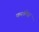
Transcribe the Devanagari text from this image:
करलिस